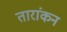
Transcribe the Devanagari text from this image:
तारांकन